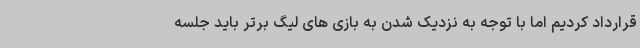
قرارداد کردیم اما با توجه به نزدیک شدن به بازی های لیگ برتر باید جلسه